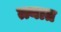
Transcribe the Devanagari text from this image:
त्त्यात